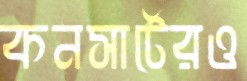
কনসার্টেরও